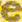
e